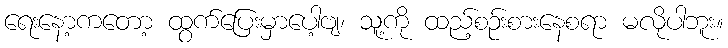
ရေးနော့ကတော့ ထွက်ပြေးမှာပေါ့ဗျ၊ သူ့ကို ထည့်စဉ်းစားနေစရာ မလိုပါဘူး။